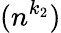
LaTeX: (n^{k_{2}})